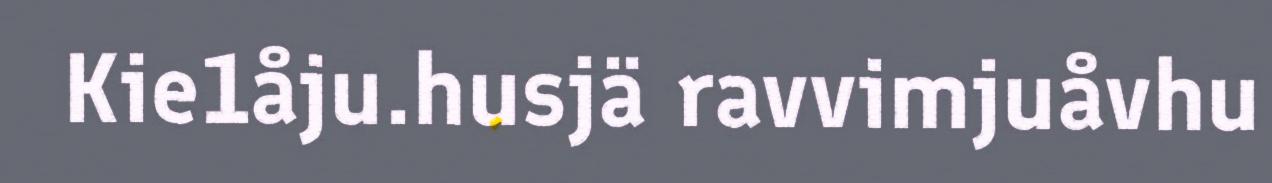
Kie1åju.husjä ravvimjuåvhu